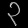
Digit: ၃